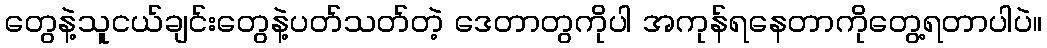
တွေနဲ့သူငယ်ချင်းတွေနဲ့ပတ်သတ်တဲ့ ဒေတာတွကိုပါ အကုန်ရနေတာကိုတွေ့ရတာပါပဲ။